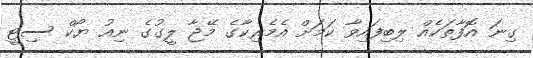
ގިނަ އޮފާތަކެއް ލިބިފައިވާ ކަމަށް އެމެރިކާގެ މޭޖާ ލީގުގެ ނިއު ޔޯކް ސިޓީ